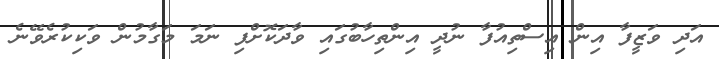
އަދި ވަޒީފާ އިން އިސްތިއުފާ ނުދީ އިންތިހާބުގައި ވާދަކޮށްފި ނަމަ މަގާމުން ވަކިކުރެވޭނެ